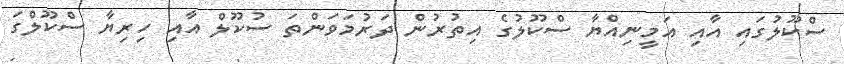
ސްކޫލުގައި އާއި އަމީނިއްޔާ ސްކޫލުގެ އިތުރުން ދަރުމަވަންތަ ސުކޫލް އާއި ހިރިޔާ ސްކޫލްގަ